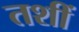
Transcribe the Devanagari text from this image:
तशीं